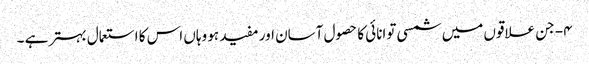
۴- جن علاقوں میں شمسی توانائی کا حصول آسان اور مفید ہو وہاں اس کا استعمال بہتر ہے ۔